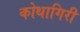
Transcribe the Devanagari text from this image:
कोथागिरी